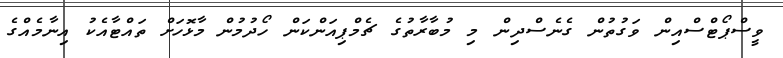
ވީސްޕޯޓްސްއިން ވަގުތުން ގެނެސްދިން މި މުބާރާތުގެ ޗެމްޕިއަންކަން ހޯދުމުން މާޅޮހަށް ތައްޓާއެކު އިނާމެއްގެ